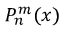
P _ { n } ^ { m } ( x )